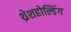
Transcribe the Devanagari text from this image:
थ्रेशहोल्डिंग